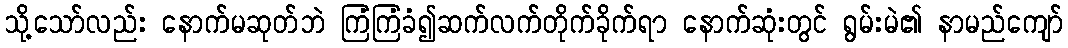
သို့သော်လည်း နောက်မဆုတ်ဘဲ ကြံကြံခံ၍ဆက်လက်တိုက်ခိုက်ရာ နောက်ဆုံးတွင် ရွမ်းမဲ၏ နာမည်ကျော်